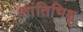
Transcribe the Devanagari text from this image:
शांतिभिक्षु